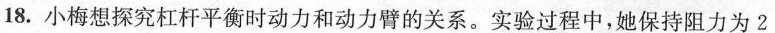
18.小梅想探究杠杆平衡时动力和动力臂的关系。实验过程中，她保持阻力为2